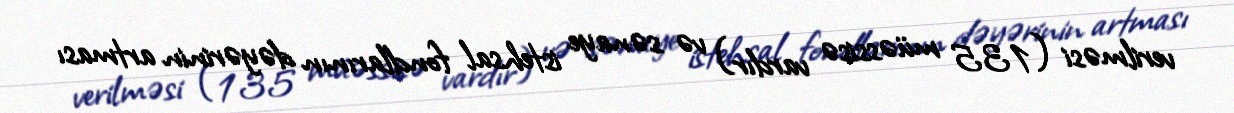
verilməsi (135 müəssisə vardır) və sənaye istehsal fondlarının dəyərinin artması